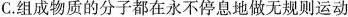
C.组成物质的分子都在永不停息地做无规则运动